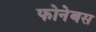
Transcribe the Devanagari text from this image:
फोनेबस